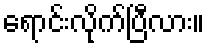
ရောင်းလိုက်ပြီလား။